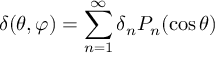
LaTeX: \delta ( \theta , \varphi ) = \sum _ { n = 1 } ^ { \infty } \delta _ { n } P _ { n } ( \cos \theta )